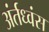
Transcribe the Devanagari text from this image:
अंर्तध्वंस